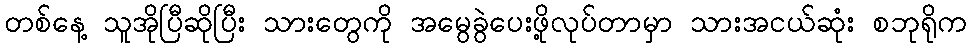
တစ်နေ့ သူအိုပြီဆိုပြီး သားတွေကို အမွေခွဲပေးဖို့လုပ်တာမှာ သားအငယ်ဆုံး စဘုရိုက